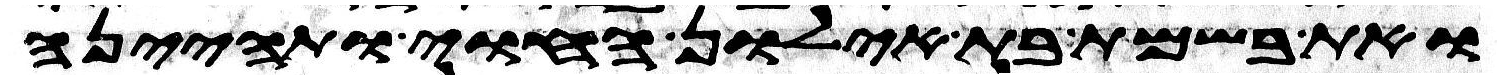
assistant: ואת בשמת בת אילון החוי ותהיינה